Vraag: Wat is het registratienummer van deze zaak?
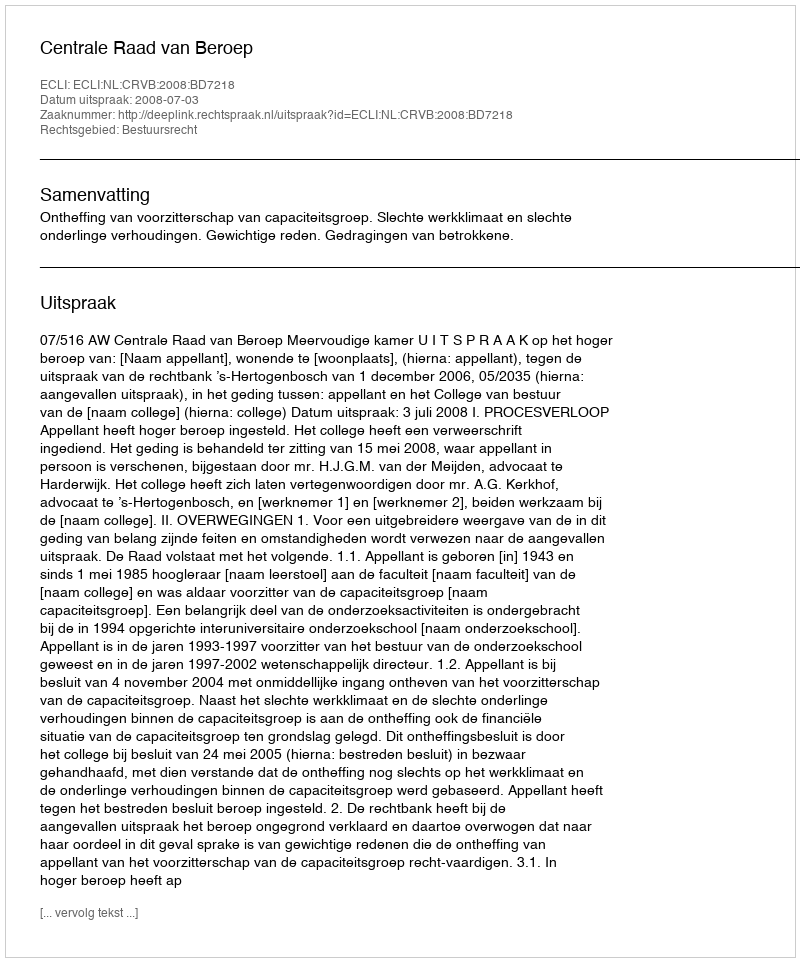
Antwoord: http://deeplink.rechtspraak.nl/uitspraak?id=ECLI:NL:CRVB:2008:BD7218